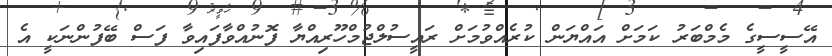
އޭސީސީގެ މެމްބަރު ކަމަށް އައްޔަން ކުރެއްވުމަށް ރައީސުލްޖުމްހޫރިއްޔާ ފޮނުއްވާފައިވާ ފަސް ބޭފުންނަކީ އެ